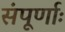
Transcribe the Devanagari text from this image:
संपूर्णाः